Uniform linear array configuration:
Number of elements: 32
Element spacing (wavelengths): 0.75
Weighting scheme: uniform
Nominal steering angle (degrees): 60
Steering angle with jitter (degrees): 61.713
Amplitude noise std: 0.05
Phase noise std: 0.05

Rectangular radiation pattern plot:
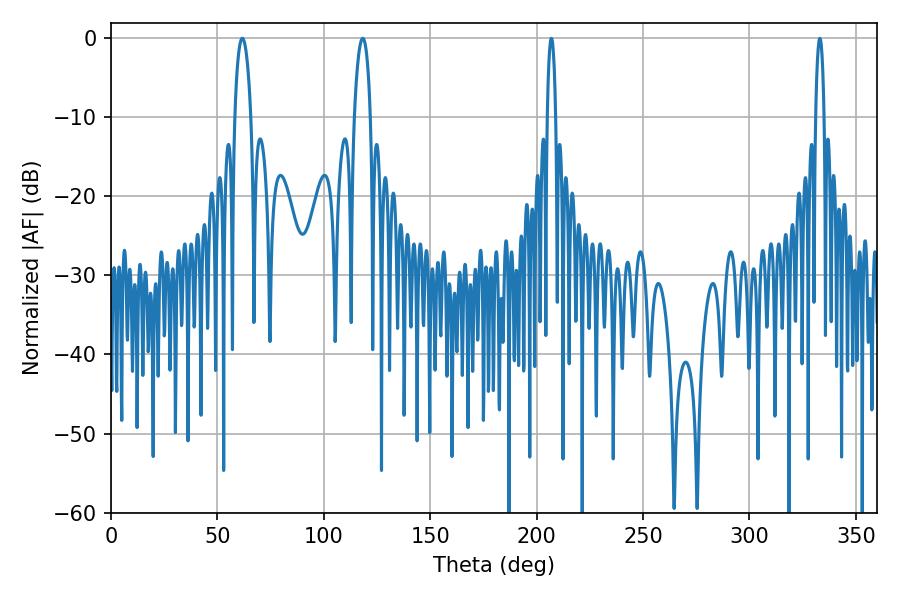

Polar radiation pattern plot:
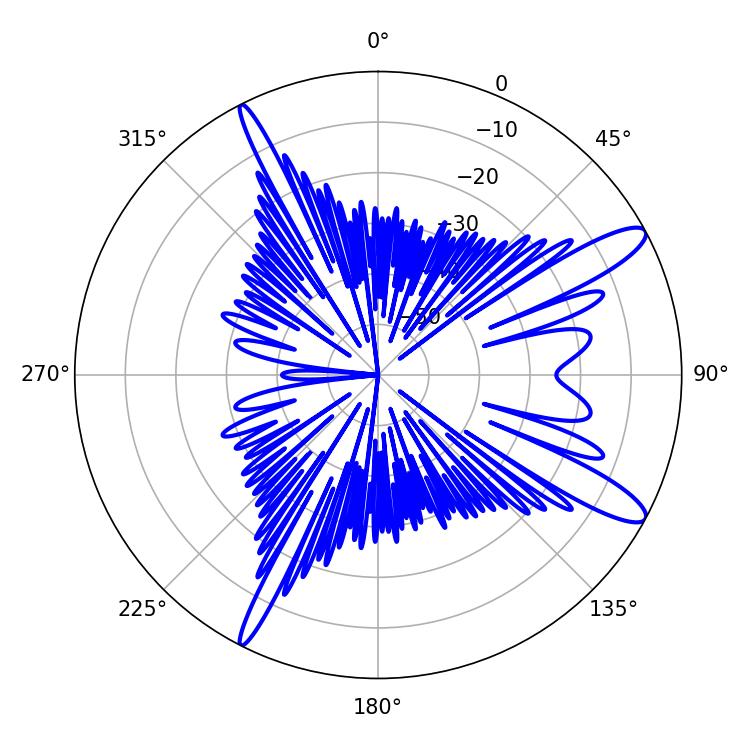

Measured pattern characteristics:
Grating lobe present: TRUE
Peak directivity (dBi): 12.455
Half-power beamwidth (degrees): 4.32
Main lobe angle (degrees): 61.74